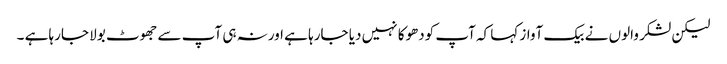
لیکن لشکر والوں نے بیک آواز کہا کہ آپ کودھوکا نہیں دیا جارہا ہے اورنہ ہی آپ سے جھوٹ بولا جارہا ہے ۔